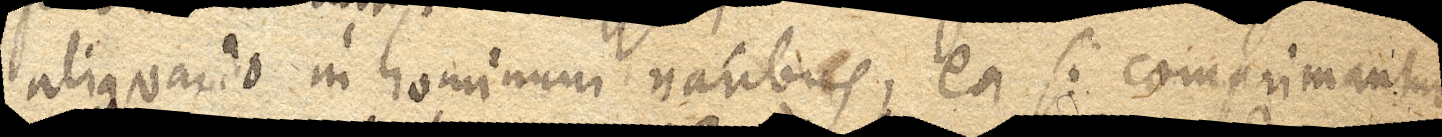
aliquando in hominum naribus, ea si comprimantur